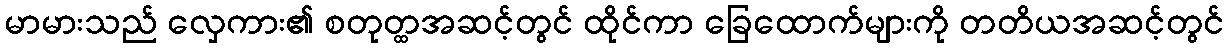
မာမားသည် လှေကား၏ စတုတ္ထအဆင့်တွင် ထိုင်ကာ ခြေထောက်များကို တတိယအဆင့်တွင်